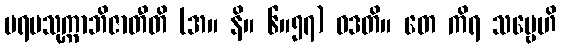
ပရမသုက္ကာဘိဇာတီတိ (အ။ နိ။ ၆။၅၇) ဝဒတိ။ တေ ကိရ သဗ္ဗေဟိ